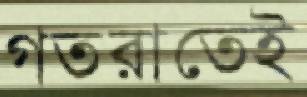
গতরাতেই